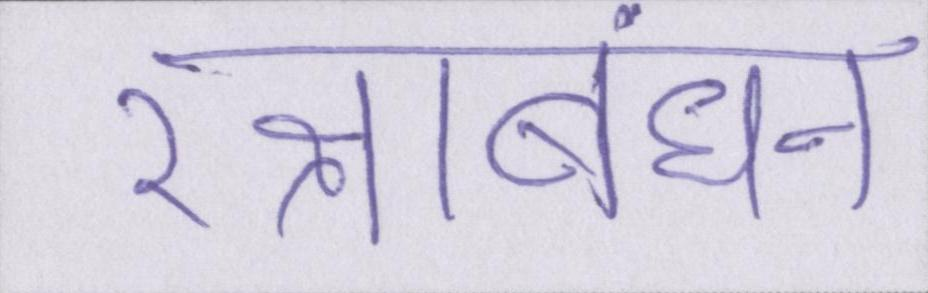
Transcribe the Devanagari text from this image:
रक्षाबंधन